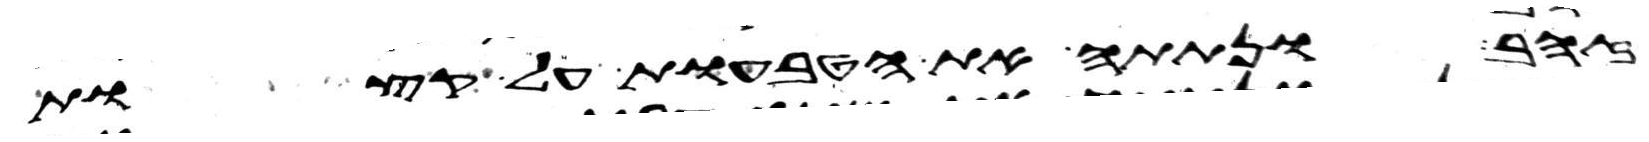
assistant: זהב ונתתה את הטבעות על קצות